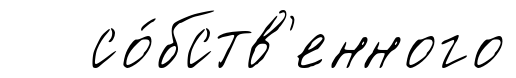
со́бств'енного